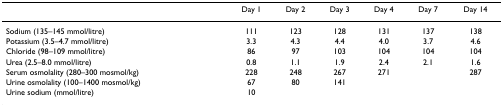
|  | Day 1 | Day 2 | Day 3 | Day 4 | Day 7 | Day 14 |
 | --- | --- | --- | --- | --- | --- | --- |
 | Sodium (135–145 mmol/litre) | 111 | 123 | 128 | 131 | 137 | 138 |
 | Potassium (3.5–4.7 mmol/litre) | 3.3 | 4.3 | 4.4 | 4.0 | 3.7 | 4.6 |
 | Chloride (98–109 mmol/litre) | 86 | 97 | 103 | 104 | 104 | 104 |
 | Urea (2.5–8.0 mmol/litre) | 0.8 | 1.1 | 1.9 | 2.4 | 2.1 | 1.6 |
 | Serum osmolality (280–300 mosmol/kg) | 228 | 248 | 267 | 271 |  | 287 |
 | Urine osmolality (100–1400 mosmol/kg) | 67 | 80 | 141 |  |  |  |
 | Urine sodium (mmol/litre) | 10 |  |  |  |  |  |